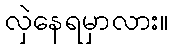
လှဲနေရမှာလား။